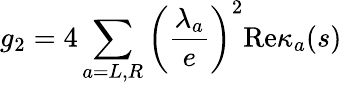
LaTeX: g_{2}=4\sum_{a=L,R}\left(\frac{\lambda_{a}}{e}\right)^{2}\mathrm{Re}\kappa_{a}(s)